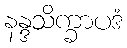
နန္ဒသိက္ခာပဒံ